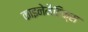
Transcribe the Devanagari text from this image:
काइनेमैटिक्स